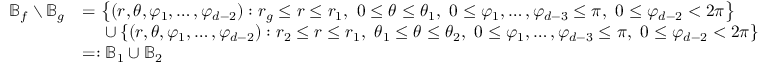
\begin{array} { r l } { \mathbb { B } _ { f } \setminus \mathbb { B } _ { g } } & { = \left\{ ( r , \theta , \varphi _ { 1 } , \dots , \varphi _ { d - 2 } ) : r _ { g } \le r \le r _ { 1 } , \ 0 \le \theta \le \theta _ { 1 } , \ 0 \le \varphi _ { 1 } , \dots , \varphi _ { d - 3 } \le \pi , \ 0 \le \varphi _ { d - 2 } < 2 \pi \right\} } \\ & { \ \quad \cup \left\{ ( r , \theta , \varphi _ { 1 } , \dots , \varphi _ { d - 2 } ) : r _ { 2 } \le r \le r _ { 1 } , \ \theta _ { 1 } \le \theta \le \theta _ { 2 } , \ 0 \le \varphi _ { 1 } , \dots , \varphi _ { d - 3 } \le \pi , \ 0 \le \varphi _ { d - 2 } < 2 \pi \right\} } \\ & { = : \mathbb { B } _ { 1 } \cup \mathbb { B } _ { 2 } } \end{array}